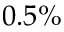
0 . 5 \%